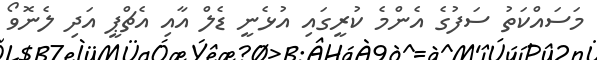
މަސައްކަތު ސަފުގެ އެންމެ ކުރީގައި އުޅެނީ ޑެލް އާއި އެޗްޕީ އަދި ލެނޮވޯ